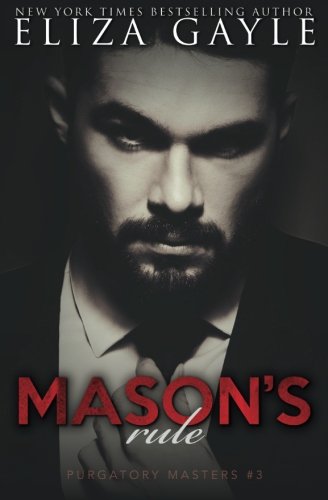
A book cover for Mason's Rule (Purgatory Masters) (Volume 3); Eliza Gayle; Romance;